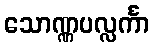
သောဏ္ဏပလ္လင်္ကာ